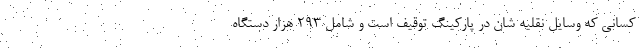
کسانی که وسایل نقلیه شان در پارکینگ توقیف است و شامل ۲۹۳ هزار دستگاه